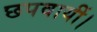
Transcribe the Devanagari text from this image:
छपवायीं।